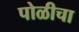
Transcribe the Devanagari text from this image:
पोळीचा